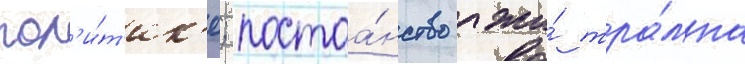
пол'и́т'ик'е; постоа́нство лжи́ тра́мпа